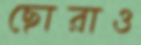
ছোরাও